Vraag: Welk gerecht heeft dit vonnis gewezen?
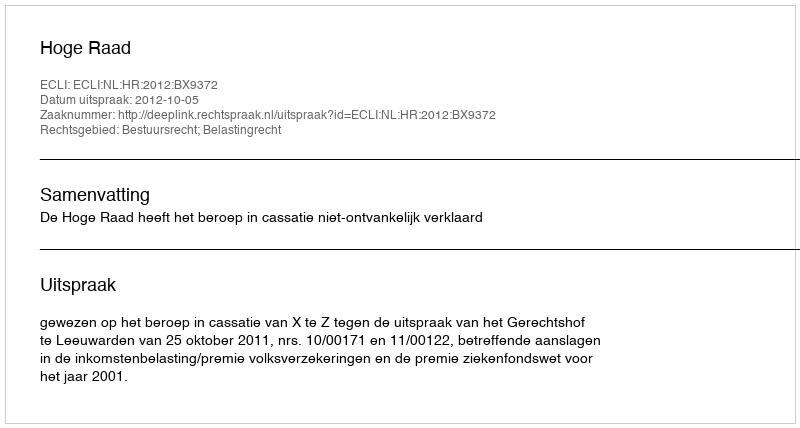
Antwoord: Hoge Raad